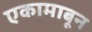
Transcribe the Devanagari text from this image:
एकामाबून